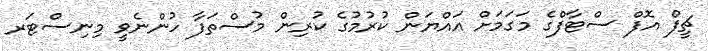
ޗީފް އޮފް ސްޓާފްގެ މަގަމަށް އައްޔަން ކުރުމުގެ ކުރިން މުސްތަފާ ހުންނެވީ މިނިސްޓަރ